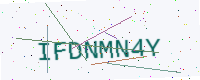
Text: IFDNMN4Y